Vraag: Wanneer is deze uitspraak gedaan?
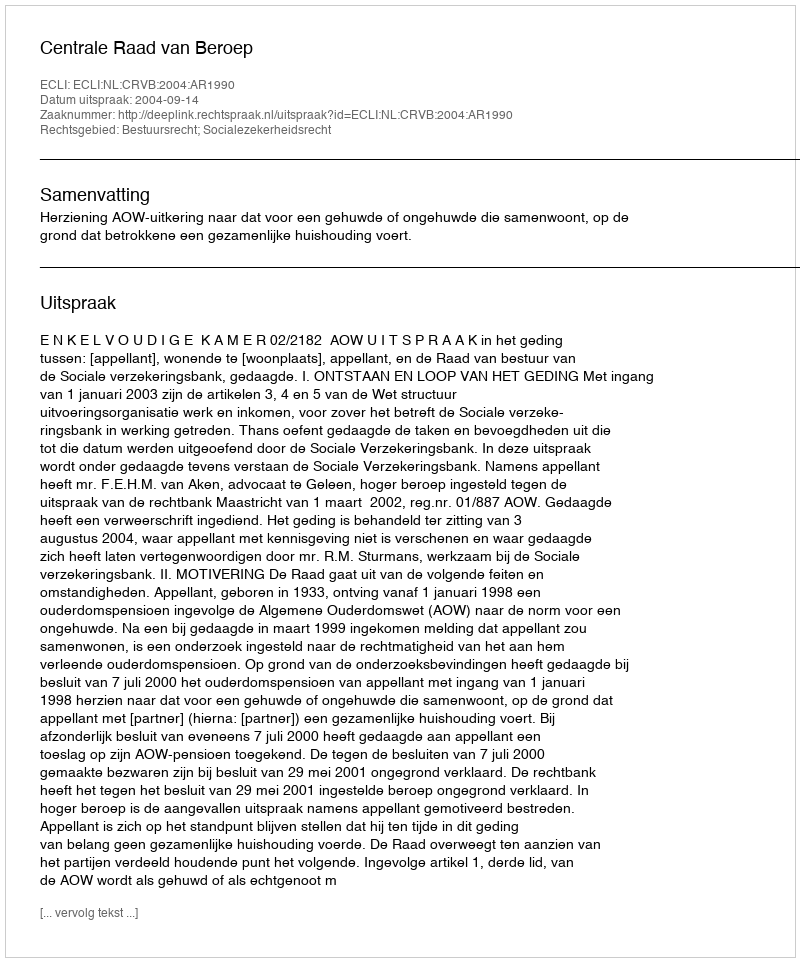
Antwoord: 2004-09-14